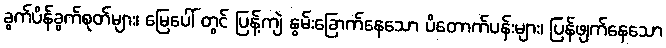
ခွက်ပိန်ခွက်စုတ်များ၊ မြေပေါ် တွင် ပြန့်ကျဲ နွမ်းခြောက်နေသော ပိတောက်ပန်းများ၊ ပြန်ဖျက်နေသော